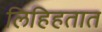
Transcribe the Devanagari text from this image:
लिहिहतात